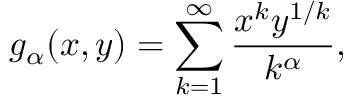
g _ { \alpha } ( x , y ) = \sum _ { k = 1 } ^ { \infty } \frac { x ^ { k } y ^ { 1 / k } } { k ^ { \alpha } } ,